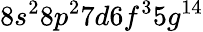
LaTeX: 8s^{2}8p^{2}7d6f^{3}5g^{14}